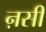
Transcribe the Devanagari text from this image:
ऩसी